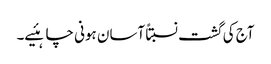
آج کی گشت نسبتاً آسان ہونی چاہئیے۔